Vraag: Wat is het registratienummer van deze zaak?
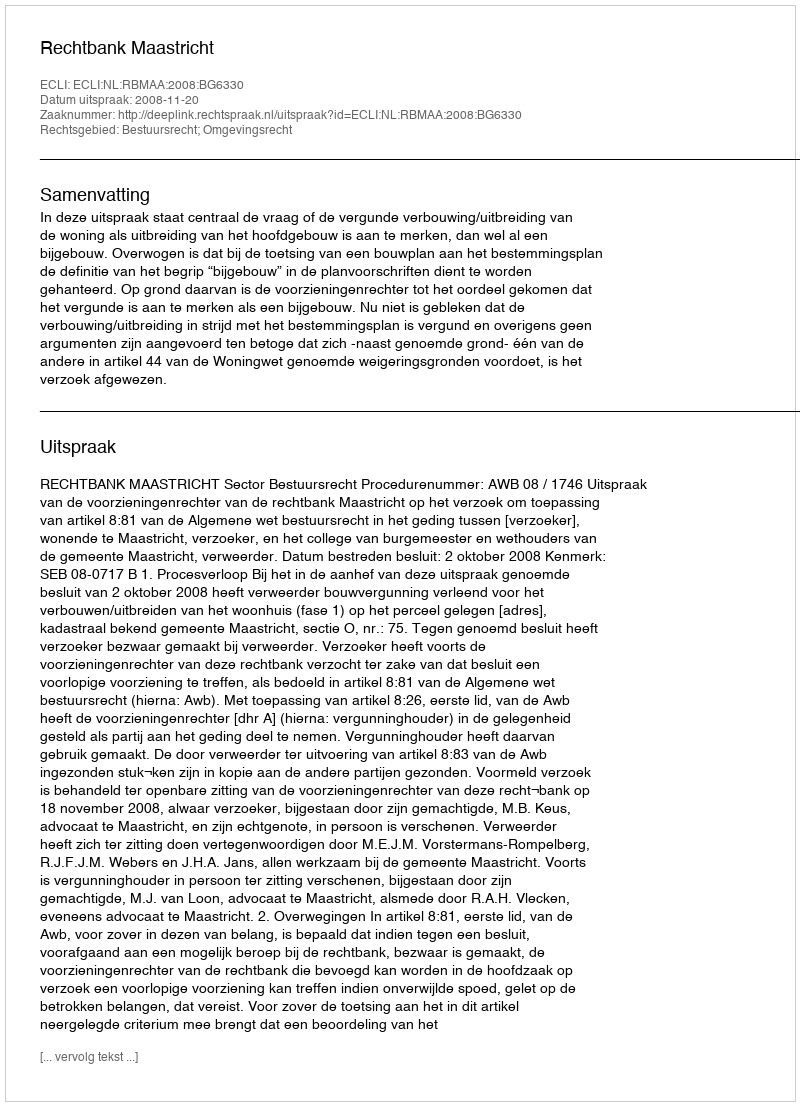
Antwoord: http://deeplink.rechtspraak.nl/uitspraak?id=ECLI:NL:RBMAA:2008:BG6330